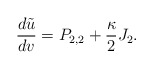
\begin{align*} \frac{d\tilde{u}}{dv}=P_{2,2}+\frac{\kappa}{2}J_2.\end{align*}